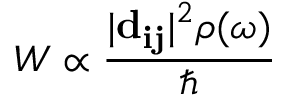
W \propto \frac { | \mathbf { d _ { i j } } | ^ { 2 } \rho ( \omega ) } { \hbar }